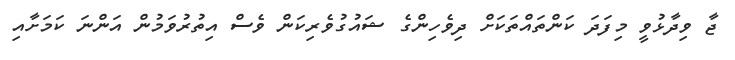
ޖާ ވިދާޅުވީ މިފަދަ ކަންތައްތަކަށް ދިވެހިންގެ ޝައުގުވެރިކަން ވެސް އިތުރުވަމުން އަންނަ ކަމަށާއި